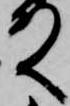
殿